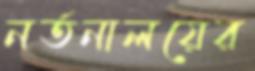
নর্তনালয়ের